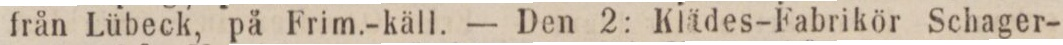
från Lübeck, på Frim.-käll. — Den 2: Klädes-Fabrikör Schager-